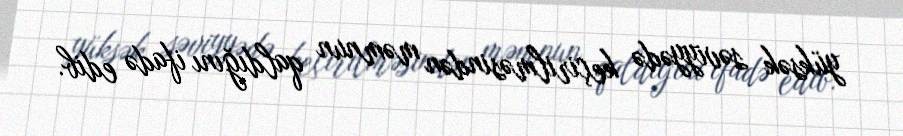
yüksək səviyyədə keçirilməsindən məmnun qaldığını ifadə edib.